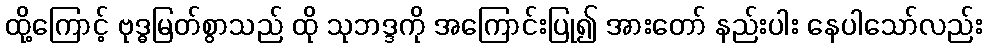
ထို့ကြောင့် ဗုဒ္ဓမြတ်စွာသည် ထို သုဘဒ္ဒကို အကြောင်းပြု၍ အားတော် နည်းပါး နေပါသော်လည်း